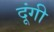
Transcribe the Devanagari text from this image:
दूंगी